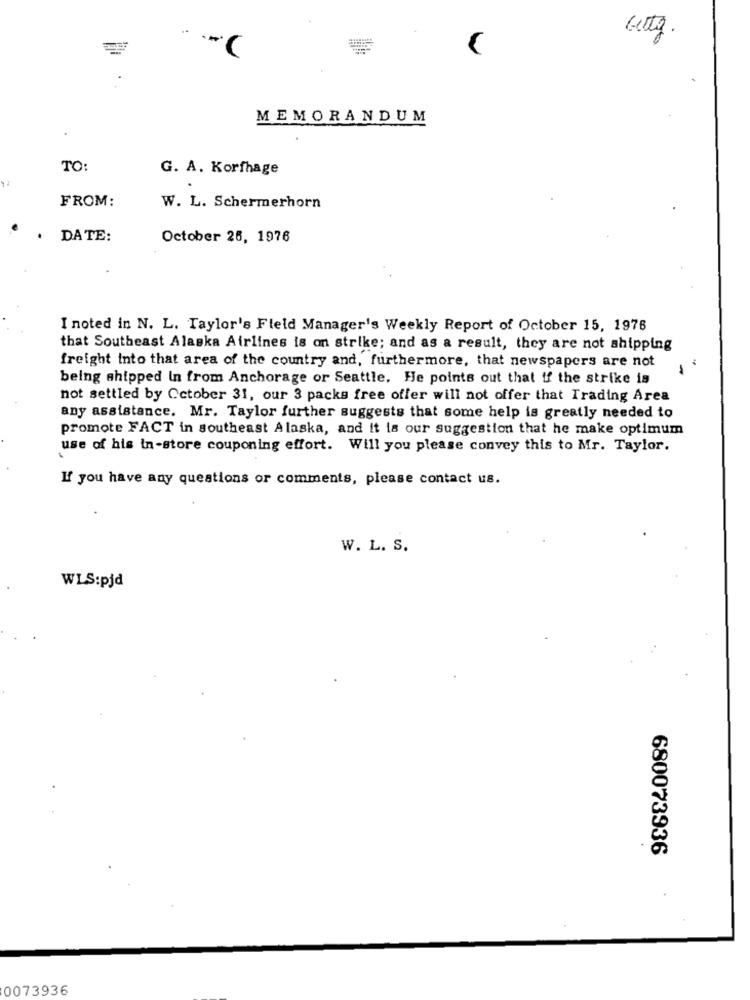
C
MEMORANDUM
TO:
G. A. Korfhage
FROM:
W. L. Schermerhorn
. DATE:
October 25, 1976
I noted in N. L. Taylor's Field Manager's Weekly Report of October 15, 1976
that Southeast Alaska Airlines is on strike; and as a result, they are not shipping
freight into that area of the country and, furthermore, that newspapers are not
1
being shipped In from Anchorage or Seattle. He points out that if the strike is
not settled by October 31, our 3 packs free offer will not offer that Trading Area
any assistance. Mr. Taylor further suggests that some help is greatly needed to
promote FACT in southeast Alaska, and it is our suggestion that he make optimum
use of his in-store couponing effort. Will you please convey this to Mr. Taylor.
If you have any questions or comments, please contact us.
W. L. S.
WLS:pjd
680073936
0073936